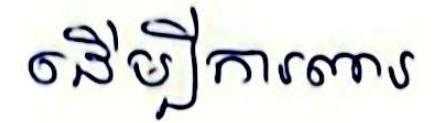
ដើម្បីការពារ